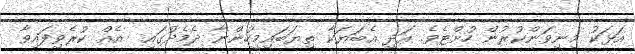
އަޅަކު މިނިވަންކުރުން ހުށްޓެވެ. އަދި އެބަޔަކާ ތިޔަބައިމީހުންނާ ދެމެދުގައި  އެއް ކުރެވިފައިވާ